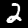
Digit: 2